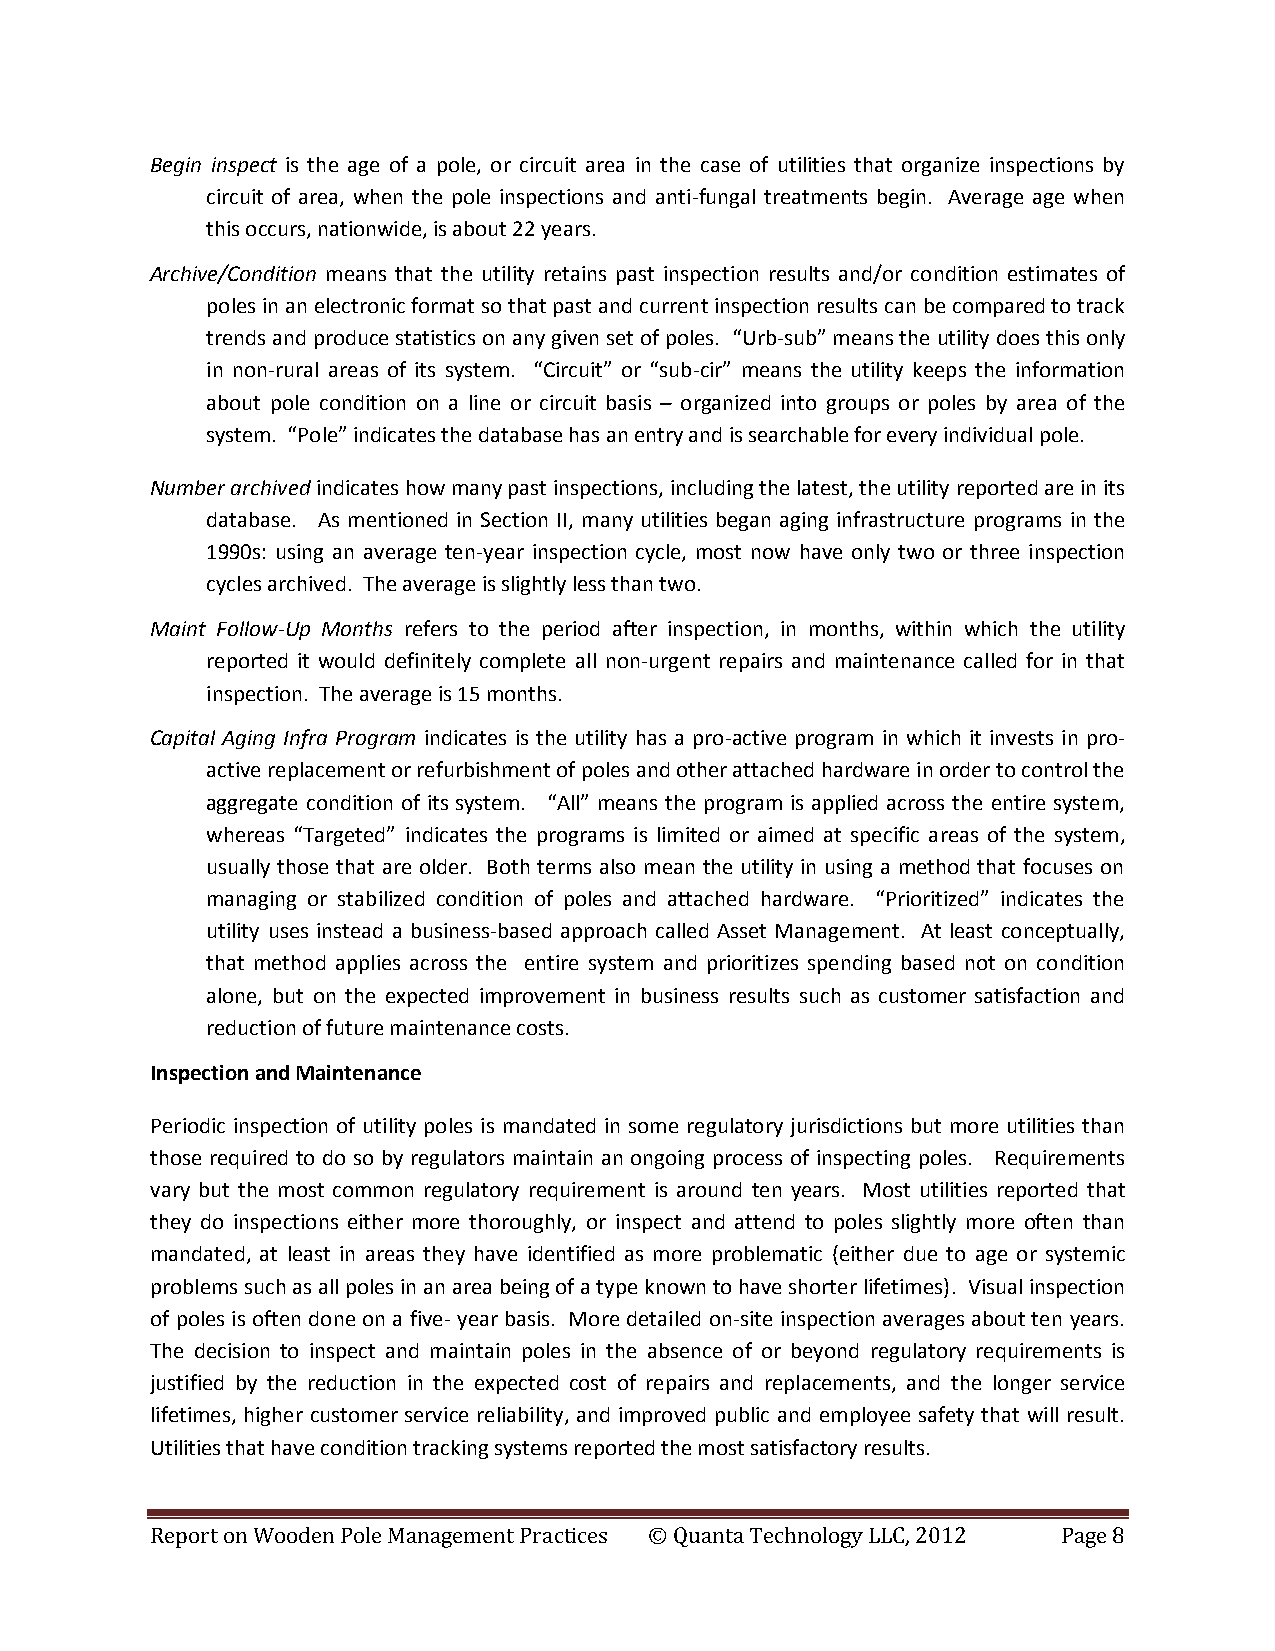
Begin inspect is the age of a pole, or circuit area in the case of utilities that organize inspections by
 circuit of area, when the pole inspections and anti-fungal treatments begin. Average age when
 this occurs, nationwide, is about 22 years.
 Archive/Condition means that the utility retains past inspection results and/or condition estimates of
 poles in an electronic format so that past and current inspection results can be compared to track
 trends and produce statistics on any given set of poles. “Urb-sub” means the utility does this only
 in non-rural areas of its system. “Circuit” or “sub-cir” means the utility keeps the information
 about pole condition on a line or circuit basis – organized into groups or poles by area of the
 system. “Pole” indicates the database has an entry and is searchable for every individual pole.
 Number archived indicates how many past inspections, including the latest, the utility reported are in its
 database. As mentioned in Section II, many utilities began aging infrastructure programs in the
 1990s: using an average ten-year inspection cycle, most now have only two or three inspection
 cycles archived. The average is slightly less than two.
 Maint Follow-Up Months refers to the period after inspection, in months, within which the utility
 reported it would definitely complete all non-urgent repairs and maintenance called for in that
 inspection. The average is 15 months.
 Capital Aging Infra Program indicates is the utility has a pro-active program in which it invests in pro-
 active replacement or refurbishment of poles and other attached hardware in order to control the
 aggregate condition of its system. “All” means the program is applied across the entire system,
 whereas “Targeted” indicates the programs is limited or aimed at specific areas of the system,
 usually those that are older. Both terms also mean the utility in using a method that focuses on
 managing or stabilized condition of poles and attached hardware. “Prioritized” indicates the
 utility uses instead a business-based approach called Asset Management. At least conceptually,
 that method applies across the entire system and prioritizes spending based not on condition
 alone, but on the expected improvement in business results such as customer satisfaction and
 reduction of future maintenance costs.
 Inspection and Maintenance
 Periodic inspection of utility poles is mandated in some regulatory jurisdictions but more utilities than
 those required to do so by regulators maintain an ongoing process of inspecting poles. Requirements
 vary but the most common regulatory requirement is around ten years. Most utilities reported that
 they do inspections either more thoroughly, or inspect and attend to poles slightly more often than
 mandated, at least in areas they have identified as more problematic (either due to age or systemic
 problems such as all poles in an area being of a type known to have shorter lifetimes). Visual inspection
 of poles is often done on a five- year basis. More detailed on-site inspection averages about ten years.
 The decision to inspect and maintain poles in the absence of or beyond regulatory requirements is
 justified by the reduction in the expected cost of repairs and replacements, and the longer service
 lifetimes, higher customer service reliability, and improved public and employee safety that will result.
 Utilities that have condition tracking systems reported the most satisfactory results.
 Report on Wooden Pole Management Practices © Quanta Technology LLC, 2012 Page 8